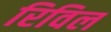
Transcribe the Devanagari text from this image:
रिविल